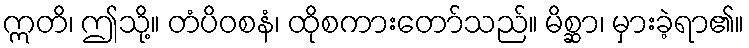
ဣတိ၊ ဤသို့။ တံပိဝစနံ၊ ထိုစကားတော်သည်။ မိစ္ဆာ၊ မှားခဲ့ရာ၏။